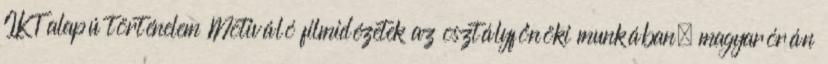
IKT alapú történelem Motiváló filmidézetek az osztályfőnöki munkában, magyarórán